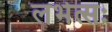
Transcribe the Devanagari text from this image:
लभेत्सः